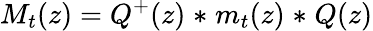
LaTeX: M_{t}(z)=Q^{+}(z)\mathrel{\ast}m_{t}(z)\mathrel{\ast}Q(z)